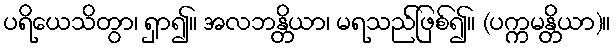
ပရိယေသိတွာ၊ ရှာ၍။ အလဘန္တိယာ၊ မရသည်ဖြစ်၍။ (ပက္ကမန္တိယာ)။